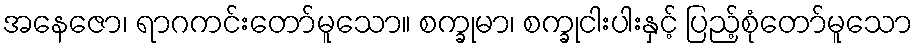
အနေဇော၊ ရာဂကင်းတော်မူသော။ စက္ခုမာ၊ စက္ခုငါးပါးနှင့် ပြည့်စုံတော်မူသော